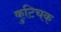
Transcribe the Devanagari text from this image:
कुटिचक